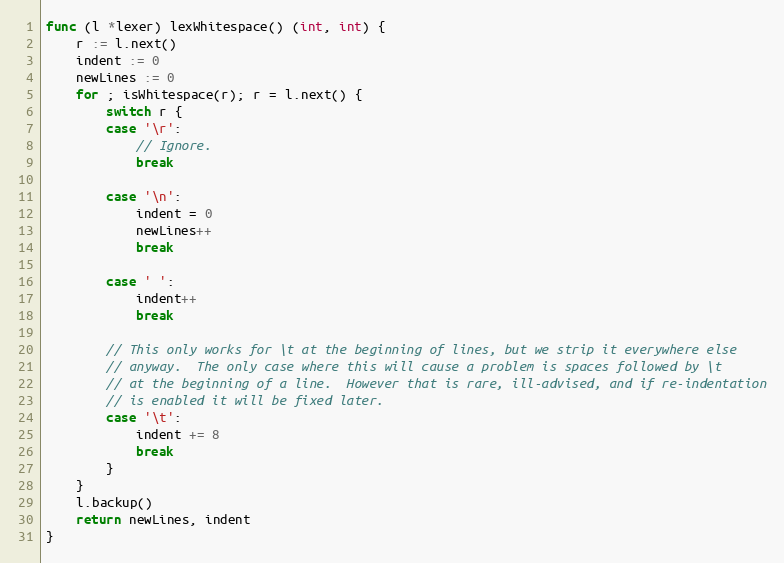
Language: Go
func (l *lexer) lexWhitespace() (int, int) {
	r := l.next()
	indent := 0
	newLines := 0
	for ; isWhitespace(r); r = l.next() {
		switch r {
		case '\r':
			// Ignore.
			break

		case '\n':
			indent = 0
			newLines++
			break

		case ' ':
			indent++
			break

		// This only works for \t at the beginning of lines, but we strip it everywhere else
		// anyway.  The only case where this will cause a problem is spaces followed by \t
		// at the beginning of a line.  However that is rare, ill-advised, and if re-indentation
		// is enabled it will be fixed later.
		case '\t':
			indent += 8
			break
		}
	}
	l.backup()
	return newLines, indent
}